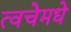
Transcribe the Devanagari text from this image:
त्वचेमधे